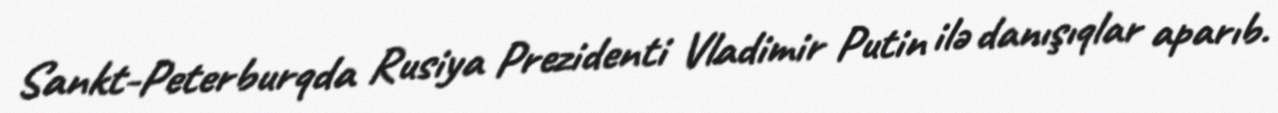
Sankt-Peterburqda Rusiya Prezidenti Vladimir Putin ilə danışıqlar aparıb.